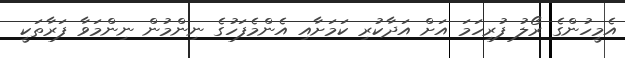
އެމީހުންގެ ރޯލު ފުރިހަމަ އަށް އަދާކުރި ކަމަށާއި އެންމެފަހުގެ ނިންމުން ނިންމަވާ ފަރާތަކީ